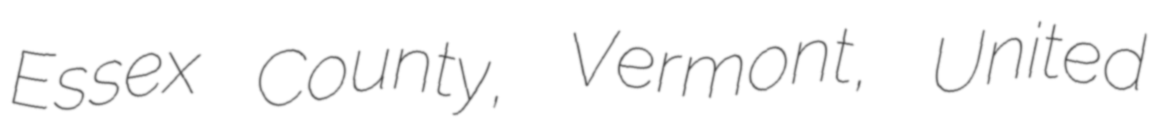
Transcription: Essex County, Vermont, United